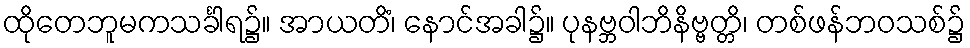
ထိုတေဘူမကသင်္ခါရ၌။ အာယတိံ၊ နောင်အခါ၌။ ပုနဗ္ဘဝါဘိနိဗ္ဗတ္တိ၊ တစ်ဖန်ဘဝသစ်၌